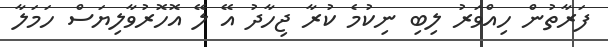
ފަރާތުން ހިއްވަރު ލިބި ނިކުމެ ކުރާ ޖިހާދު އޭ ލޭ އޮހޮރުވާލިޔަސް ހަމަލާ